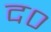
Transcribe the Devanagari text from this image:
द०